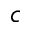
c